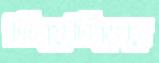
ক্রিয়েটিভের